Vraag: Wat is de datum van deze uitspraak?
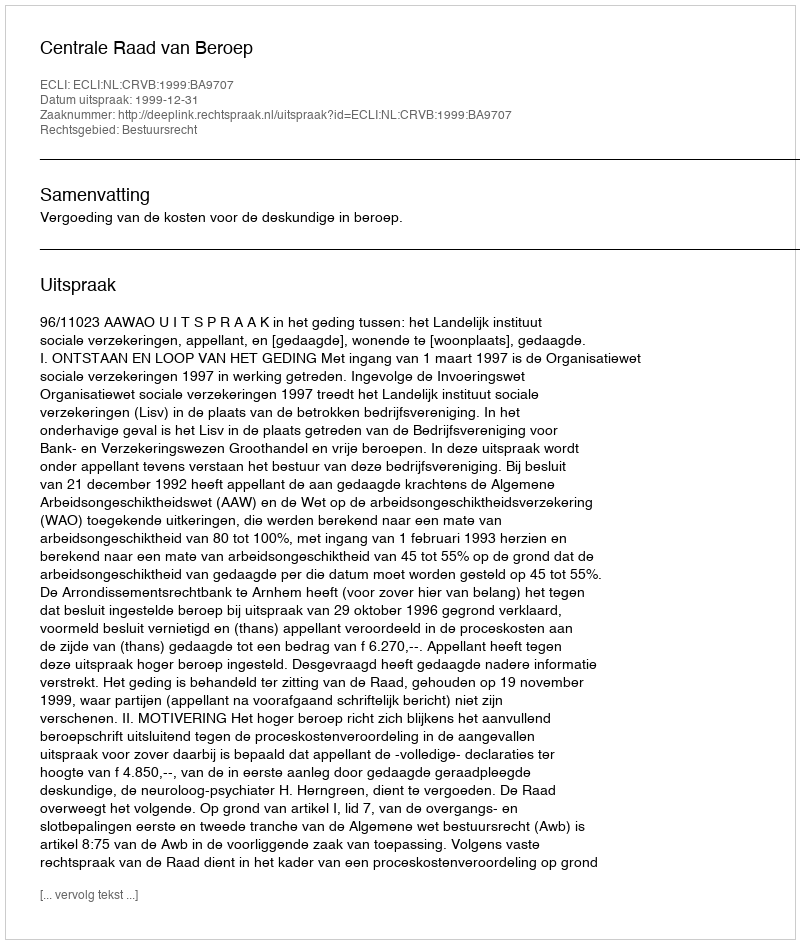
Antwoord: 1999-12-31